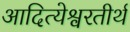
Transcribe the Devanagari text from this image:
आदित्येश्वरतीर्थ